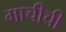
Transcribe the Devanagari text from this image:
माचीची